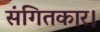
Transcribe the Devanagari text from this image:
संगितकार।